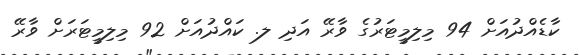
ކާޑެއްދުއަށް 94 މިލިމީޓަރުގެ ވާރޭ އަދި ލ. ކައްދުއަށް 92 މިލިމީޓަރަށް ވާރޭ